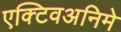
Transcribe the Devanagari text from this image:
एक्टिवअनिमे